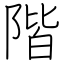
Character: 階